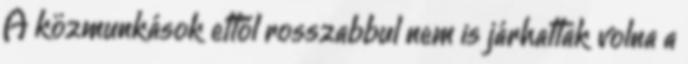
A közmunkások ettől rosszabbul nem is járhattak volna a